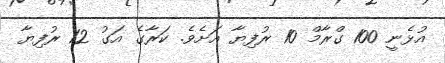
އުޅެނީ 100 ގްރާމް 10 ރުފިޔާ އަށެވެ. ކަރާގެ އަގު 12 ރުފިޔާ